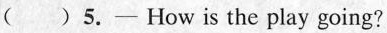
( ) 5.- How is the play going?